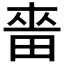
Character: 𰣋